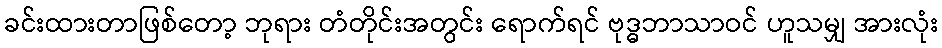
ခင်းထားတာဖြစ်တော့ ဘုရား တံတိုင်းအတွင်း ရောက်ရင် ဗုဒ္ဓဘာသာဝင် ဟူသမျှ အားလုံး